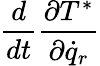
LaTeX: \frac{d}{dt}\frac{\partial T^{*}}{\partial{\dot{q}}_{r}}